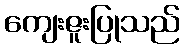
ကျေးဇူးပြုသည်